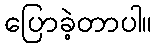
ပြောခဲ့တာပါ။